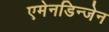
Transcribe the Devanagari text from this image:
एमेनडिन्जेन